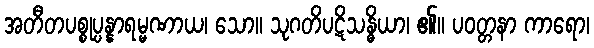
အတီတပစ္စုပ္ပန္နာရမ္မဏာယ၊ သော။ သုဂတိပဋိသန္ဓိယာ၊ ၏။ ပဝတ္တနာ ကာရော၊